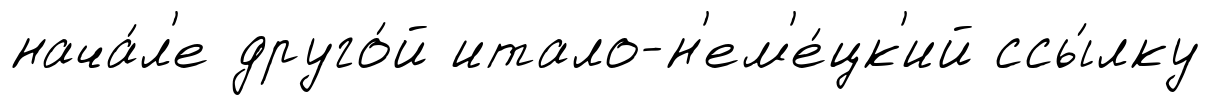
нача́л'е друго́й итало-н'ем'е́цк'ий ссы́лку